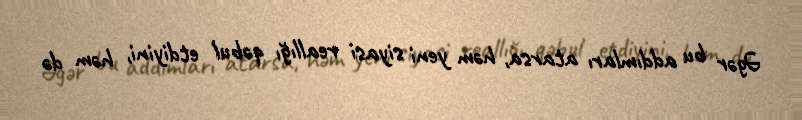
Əgər bu addımları atarsa, həm yeni siyasi reallığı qəbul etdiyini, həm də